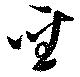
聖